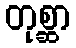
တုစ္ဆာ